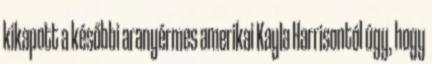
kikapott a későbbi aranyérmes amerikai Kayla Harrisontól úgy, hogy